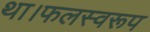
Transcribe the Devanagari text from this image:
था।फलस्वरूप